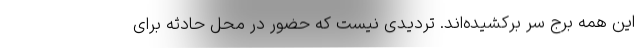
این همه برج سر برکشیده‌اند. تردیدی نیست که حضور در محل حادثه برای